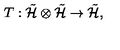
T : \tilde { \cal H } \otimes \tilde { \cal H } \rightarrow \tilde { \cal H } ,